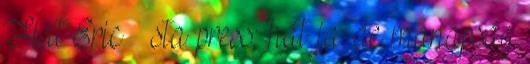
Flat Eric sta press: hát ja. de manapság